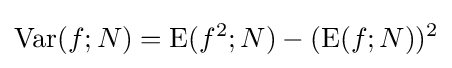
\mathrm {Var} (f;N)=\mathrm {E} (f^{2};N)-(\mathrm {E} (f;N))^{2}